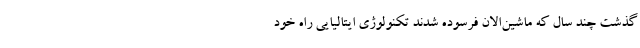
گذشت چند سال که ماشین‌الان فرسوده شدند تکنولوژی ایتالیایی راه خود